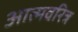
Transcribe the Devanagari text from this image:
आत्मवरित्र